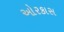
ઓરકાસ